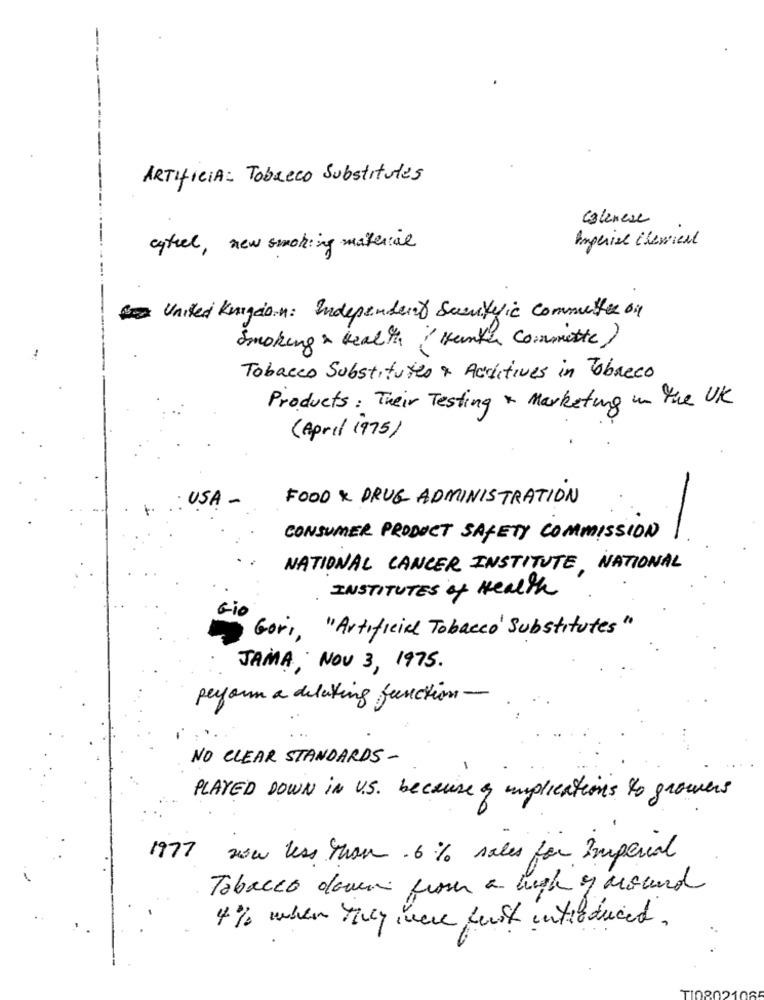
ARTIFICIA: Tobacco Substitutes
calenese
Angerial Chemical
cytuel, new smoking material
. ...
United Kingdom: Independent Suertefic committee on
Smoking & Health ' Hunker Committe)
Tobacco Substitutes & Accutives in Tobreco
Products: Their Testing & Marketing in the UK
(April 1975)
: USA -
FOOD & DRUG ADMINISTRATION
CONSUMER PRODUCT SAFETY COMMISSION
NATIONAL CANCER INSTITUTE, NATIONAL
INSTITUTES of Health
Gio
Gori, "Artificial Tobacco'Substitutes"
JAMA, NOV 3, 1975.
peryour a deleting function-
NO CLEAR STANDARDS -
PLAYED DOWN in U.S. because & implications to growers
1977
now less than 6 % sales for Imperial
Tobacco down fromer a high of around
4% when they were fest introduced.